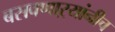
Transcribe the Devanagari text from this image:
बसवणाऱ्यांनीच